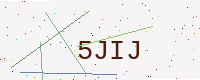
Text: 5JIJ